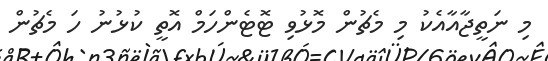
މި ނަތީޖާއާއެކު މި މެޗުން މޮޅުވި ޓޮޓެންހަމް އޮތީ ކުޅުނު ހަ މެޗުން